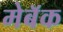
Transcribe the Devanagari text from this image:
मेबॅक